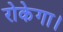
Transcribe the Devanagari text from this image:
रोकेगा।